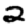
Digit: 2